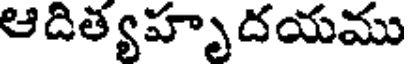
ఆదిత్యహృదయము